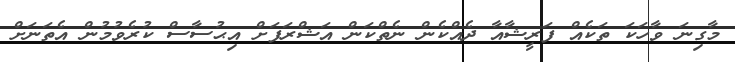
މާގިނަ ވާހަކަ ތަކެއް ފަރީޝާއާ ދެއްކެން ނެތްކަން އަޝްރަފަށް އިޙުސާސް ކުރެވުމުން އެތަނަށް